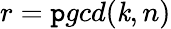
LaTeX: r=\mathtt{p}gcd(\mathit{k},n)